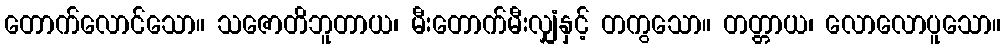
တောက်လောင်သော။ သဇောတိဘူတာယ၊ မီးတောက်မီးလျှံနှင့် တကွသော။ တတ္တာယ၊ လောလောပူသော။